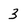
Character: 3